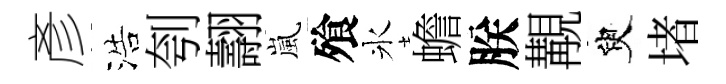
彥浩刳翿嵐飱氷蟾朕覯臾堵